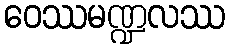
ဝေဿမဏ္ဍလဿ